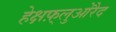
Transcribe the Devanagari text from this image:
हेक्षफ़्लुओरैद